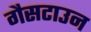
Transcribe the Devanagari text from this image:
गैसटाउन